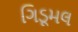
ગિડૂમલ